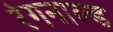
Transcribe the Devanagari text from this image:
रेगनाल्ड